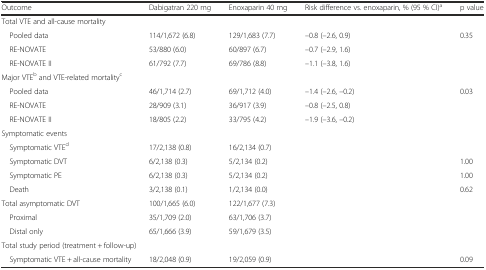
| Outcome | Dabigatran 220 mg | Enoxaparin 40 mg | Risk difference vs. enoxaparin, % (95 % CI)a | p value |
 | --- | --- | --- | --- | --- |
 | <COLSPAN=3> Total VTE and all-cause mortality |  |  |
 | Pooled data | 114/1,672 (6.8) | 129/1,683 (7.7) | –0.8 (–2.6, 0.9) | 0.35 |
 | RE-NOVATE | 53/880 (6.0) | 60/897 (6.7) | –0.7 (–2.9, 1.6) |  |
 | RE-NOVATE II | 61/792 (7.7) | 69/786 (8.8) | –1.1 (–3.8, 1.6) |  |
 | <COLSPAN=2> Major VTEb and VTE-related mortalityc |  |  |  |
 | Pooled data | 46/1,714 (2.7) | 69/1,712 (4.0) | –1.4 (–2.6, –0.2) | 0.03 |
 | RE-NOVATE | 28/909 (3.1) | 36/917 (3.9) | –0.8 (–2.5, 0.8) |  |
 | RE-NOVATE II | 18/805 (2.2) | 33/795 (4.2) | –1.9 (–3.6, –0.2) |  |
 | <COLSPAN=2> Symptomatic events |  |  |  |
 | Symptomatic VTEd | 17/2,138 (0.8) | 16/2,134 (0.7) |  |  |
 | Symptomatic DVT | 6/2,138 (0.3) | 5/2,134 (0.2) |  | 1.00 |
 | Symptomatic PE | 6/2,138 (0.3) | 5/2,134 (0.2) |  | 1.00 |
 | Death | 3/2,138 (0.1) | 1/2,134 (0.0) |  | 0.62 |
 | Total asymptomatic DVT | 100/1,665 (6.0) | 122/1,677 (7.3) |  |  |
 | Proximal | 35/1,709 (2.0) | 63/1,706 (3.7) |  |  |
 | Distal only | 65/1,666 (3.9) | 59/1,679 (3.5) |  |  |
 | <COLSPAN=2> Total study period (treatment + follow-up) |  |  |  |
 | Symptomatic VTE + all-cause mortality | 18/2,048 (0.9) | 19/2,059 (0.9) |  | 0.09 |